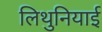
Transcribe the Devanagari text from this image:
लिथुनियाई